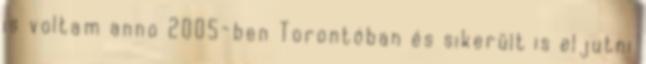
is voltam anno 2005-ben Torontóban és sikerült is eljutni